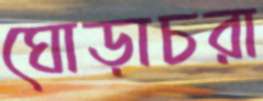
ঘোড়াচরা